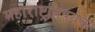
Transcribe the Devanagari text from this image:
महाराष्ट्रविषयक